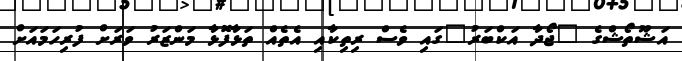
އަޝޫތޯޝްގެ "ޖޯދާ އަކްބަރު"ގައި ވެސް ރިތިކާއި އެތެއް ތަޅާފޮޅާ މަންޒަރު ވަރަށް ފުރިހަމައަށް